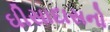
ઘીસાદાસનો